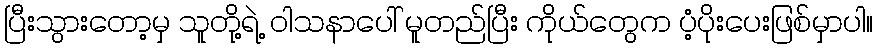
ပြီးသွားတော့မှ သူတို့ရဲ့ ဝါသနာပေါ် မူတည်ပြီး ကိုယ်တွေက ပံ့ပိုးပေးဖြစ်မှာပါ။